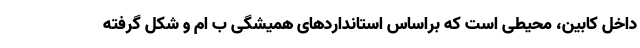
داخل کابین، محیطی است که براساس استانداردهای همیشگی ب ام و شکل گرفته